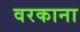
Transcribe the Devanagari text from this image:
वरकाना